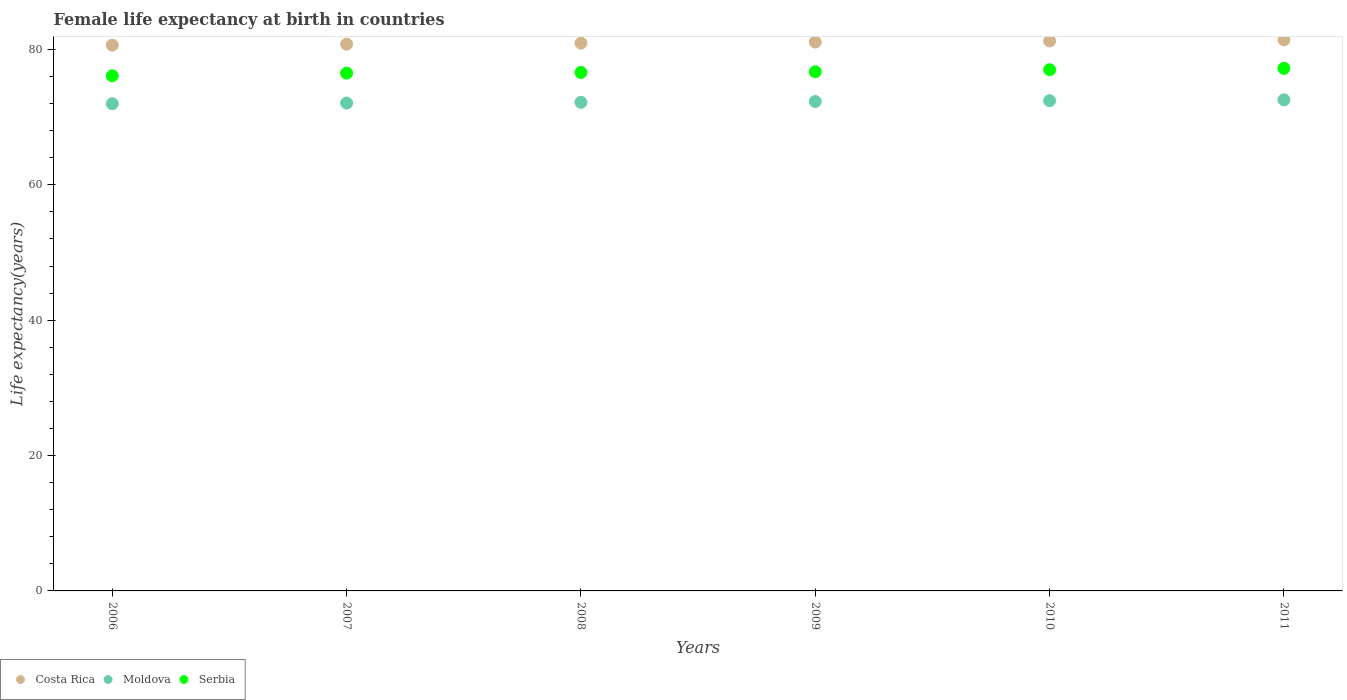
| Years | Costa Rica | Moldova | Serbia |
 | --- | --- | --- | --- |
 | 2006 | 80.6 | 72 | 76.1 |
 | 2007 | 80.8 | 72.1 | 76.5 |
 | 2008 | 80.9 | 72.2 | 76.6 |
 | 2009 | 81.1 | 72.3 | 76.7 |
 | 2010 | 81.3 | 72.4 | 77 |
 | 2011 | 81.4 | 72.6 | 77.2 |